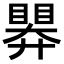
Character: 𭿗